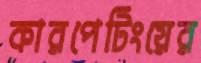
কারপেটিংয়ের